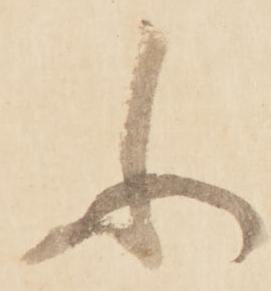
ふ